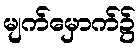
မျက်မှောက်၌